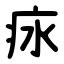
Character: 㽷